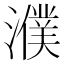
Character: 濮